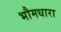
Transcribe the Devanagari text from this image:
भौमधारा